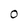
Character: 0